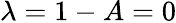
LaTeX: \lambda=1-A=0